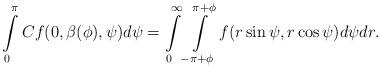
LaTeX: \begin{align*} \int\limits_0^\pi Cf(0,\beta(\phi),\psi)d\psi=\int\limits_0^\infty \int\limits_{-\pi+\phi}^{\pi+\phi} f(r\sin\psi,r\cos\psi) d\psi dr.\end{align*}